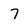
Character: 7